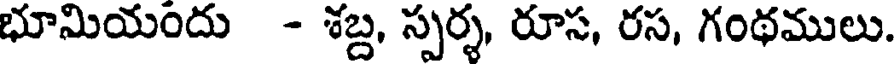
భూమియందు - శబ్ద, స్పర్శ, రూస, రస, గంథములు.